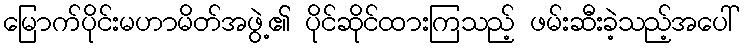
မြောက်ပိုင်းမဟာမိတ်အဖွဲ့၏ ပိုင်ဆိုင်ထားကြသည့် ဖမ်းဆီးခဲ့သည့်အပေါ်